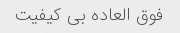
فوق العاده بی کیفیت